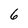
Character: 6